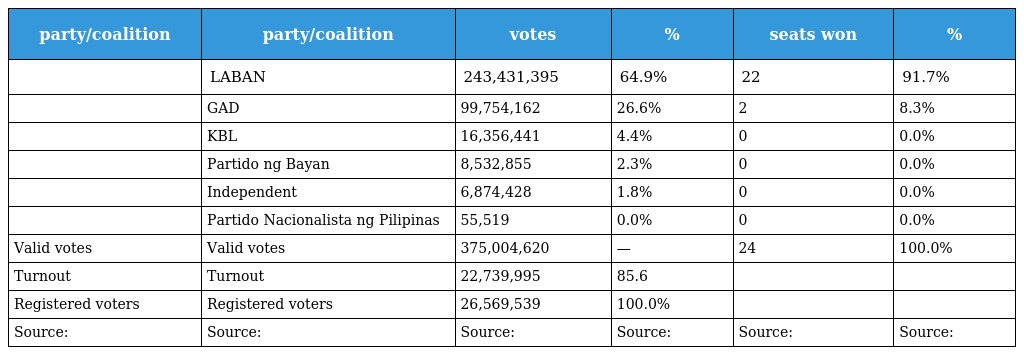
| party/coalition | party/coalition | votes | % | seats won | % |
 | --- | --- | --- | --- | --- | --- |
 |  | LABAN | 243,431,395 | 64.9% | 22 | 91.7% |
 |  | GAD | 99,754,162 | 26.6% | 2 | 8.3% |
 |  | KBL | 16,356,441 | 4.4% | 0 | 0.0% |
 |  | Partido ng Bayan | 8,532,855 | 2.3% | 0 | 0.0% |
 |  | Independent | 6,874,428 | 1.8% | 0 | 0.0% |
 |  | Partido Nacionalista ng Pilipinas | 55,519 | 0.0% | 0 | 0.0% |
 | Valid votes | Valid votes | 375,004,620 | — | 24 | 100.0% |
 | Turnout | Turnout | 22,739,995 | 85.6 |  |  |
 | Registered voters | Registered voters | 26,569,539 | 100.0% |  |  |
 | Source: | Source: | Source: | Source: | Source: | Source: |